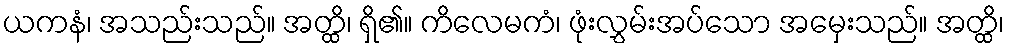
ယကနံ၊ အသည်းသည်။ အတ္ထိ၊ ရှိ၏။ ကိလေမကံ၊ ဖုံးလွှမ်းအပ်သော အမှေးသည်။ အတ္ထိ၊